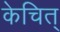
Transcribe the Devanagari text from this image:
केचित्